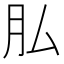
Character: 𦘯